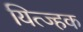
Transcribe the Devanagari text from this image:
यित्ज्हक